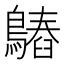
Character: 𪄻